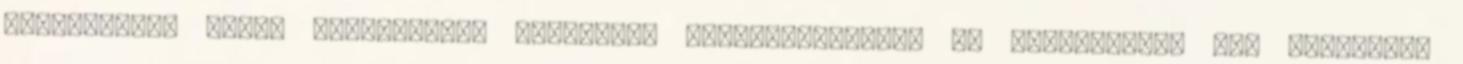
olimpikonok által kidolgozott programok bizonyítékokkal Az olvasottság nem publikus.